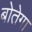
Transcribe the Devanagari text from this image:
बोतेगा